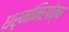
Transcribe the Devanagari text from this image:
धर्मंनिरपेक्ष